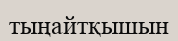
тыңайтқышын